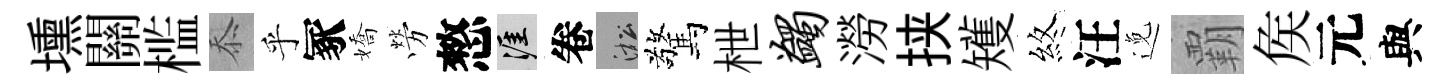
壎關槛忝乎冢嬌勞憗涯卷淞驚枻蠲澇挟矱煞汪𨓜覇矦元與